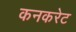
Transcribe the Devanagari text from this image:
कनकरेट